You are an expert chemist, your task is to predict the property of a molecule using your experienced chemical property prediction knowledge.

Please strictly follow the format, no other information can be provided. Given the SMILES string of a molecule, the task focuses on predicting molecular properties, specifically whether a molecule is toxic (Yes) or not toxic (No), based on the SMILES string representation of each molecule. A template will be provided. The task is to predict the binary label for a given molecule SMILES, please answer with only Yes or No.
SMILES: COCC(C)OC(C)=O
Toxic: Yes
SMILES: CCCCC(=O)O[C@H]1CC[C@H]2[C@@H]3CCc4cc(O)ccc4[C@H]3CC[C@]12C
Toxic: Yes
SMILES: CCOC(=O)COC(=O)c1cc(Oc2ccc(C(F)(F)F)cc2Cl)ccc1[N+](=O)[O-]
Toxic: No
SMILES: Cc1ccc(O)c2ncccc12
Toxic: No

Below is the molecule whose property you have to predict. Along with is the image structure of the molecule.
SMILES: CN(C(=O)c1c(O)c2ccccc2n(C)c1=O)c1ccccc1
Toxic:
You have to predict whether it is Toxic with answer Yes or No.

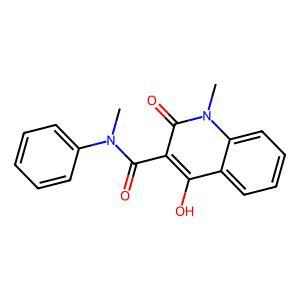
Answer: No